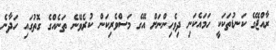
ރާއްޖޭގެ ކަނޑުތަކަކީ ހަމައެކަނި ދިވެހިންނަށް އޭގެ މަސްވެރިކަން ކުރެވޭނެ ތަނެއްގެ ގޮތުގައި ހަދާނެ